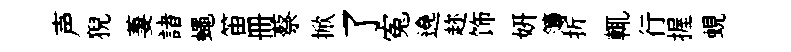
声猊萋諸蠅笛册蔡掀了寃遶趂饰妍簿折輒行握蜆